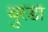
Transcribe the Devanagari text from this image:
बुरडा